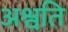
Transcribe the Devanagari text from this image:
अश्वति